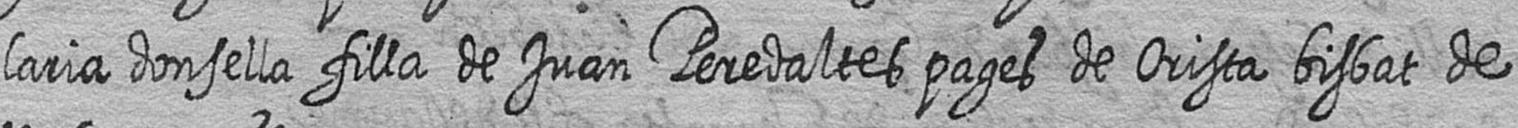
laria donsella filla de Juan Peredaltes pages de Orista bisbat de